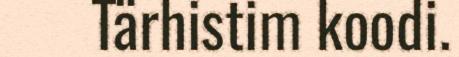
Tärhistim koodi.